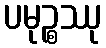
ပမုဉ္စဿု